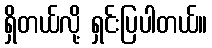
ရှိတယ်လို့ ရှင်းပြပါတယ်။